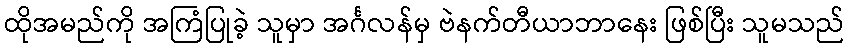
ထိုအမည်ကို အကြံပြုခဲ့ သူမှာ အင်္ဂလန်မှ ဗဲနက်တီယာဘာနေး ဖြစ်ပြီး သူမသည်